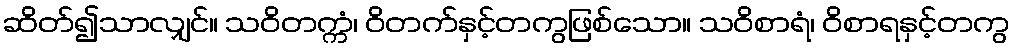
ဆိတ်၍သာလျှင်။ သဝိတက္ကံ၊ ဝိတက်နှင့်တကွဖြစ်သော။ သဝိစာရံ၊ ဝိစာရနှင့်တကွ